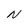
Character: N